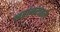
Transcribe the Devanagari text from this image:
नरांनरांतले